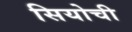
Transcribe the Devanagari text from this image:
सियोची